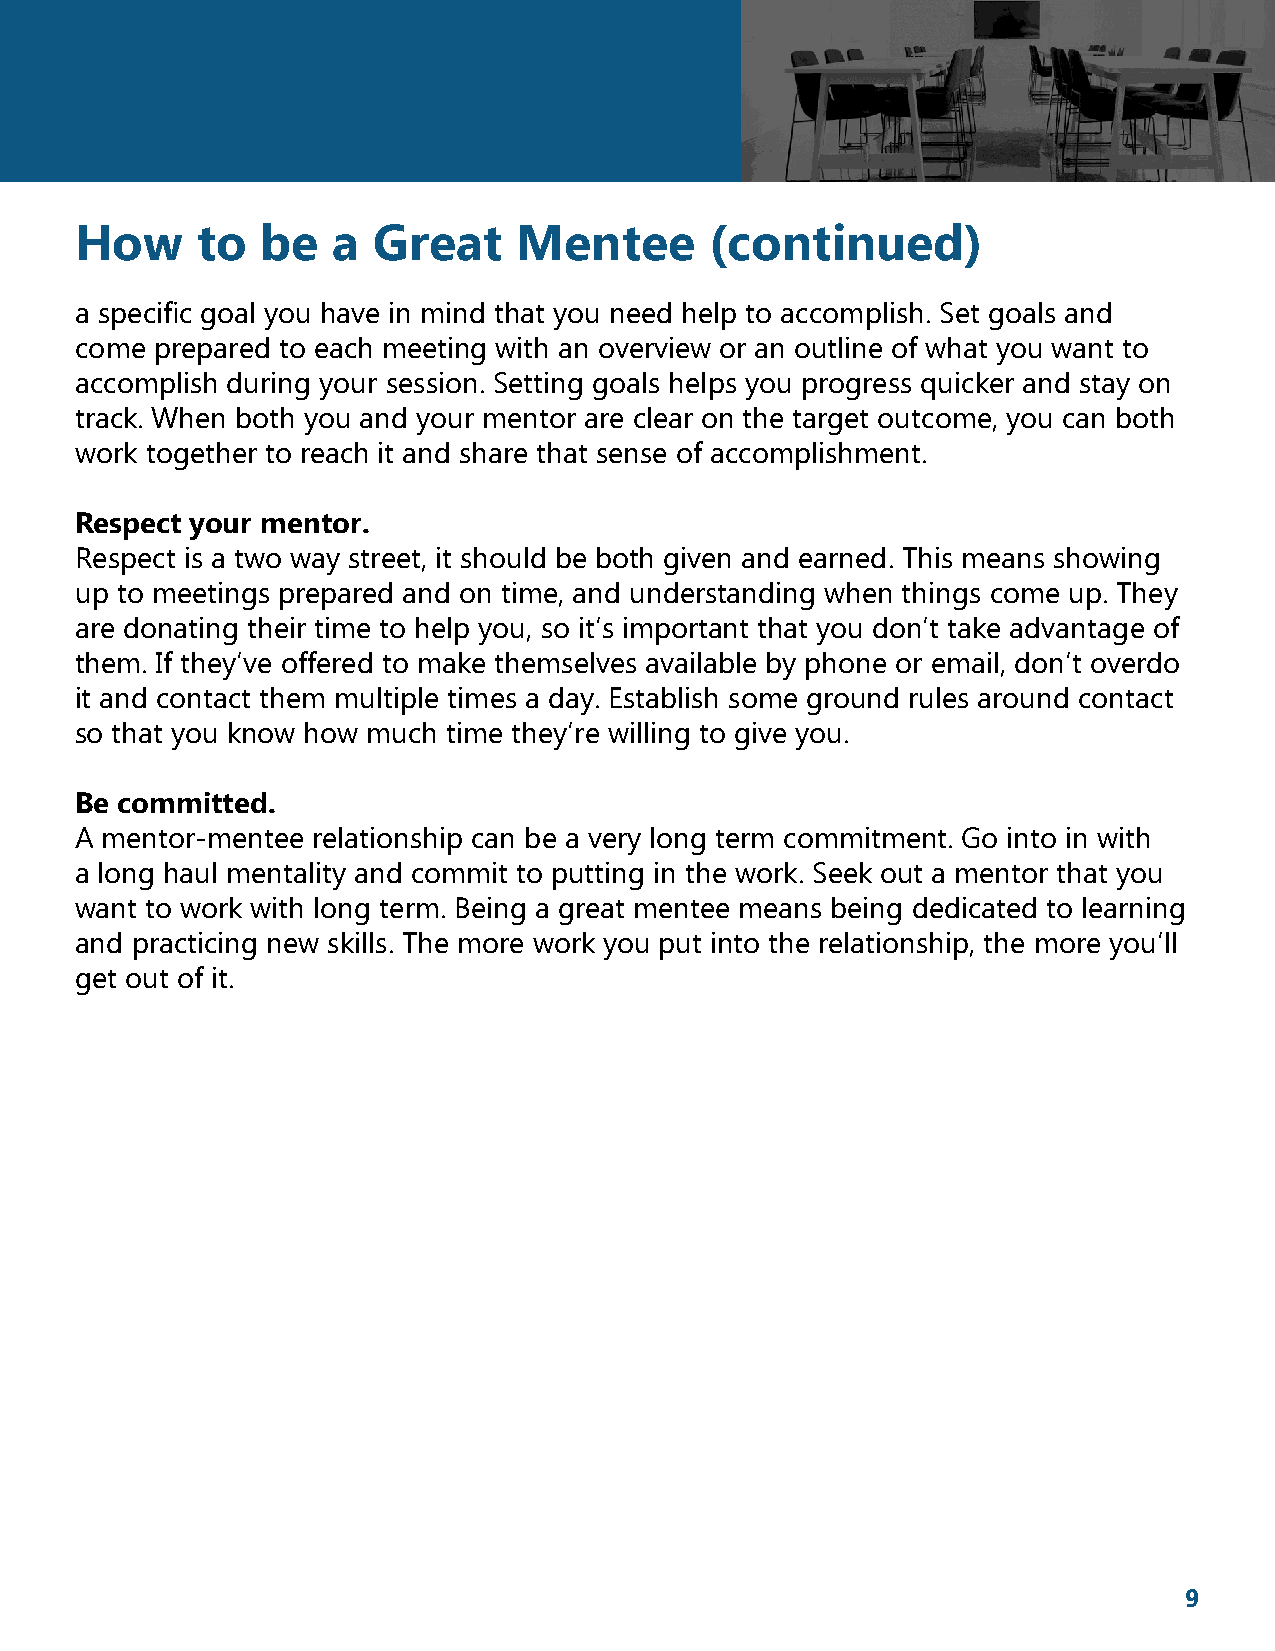
How     to  be   a  Great    Mentee       (continued)
 a specific goal you have in mind that you need help to accomplish. Set goals and
 come prepared to each meeting with an overview or an outline of what you want to
 accomplish during your session. Setting goals helps you progress quicker and stay on
 track. When both you and your mentor are clear on the target outcome, you can both
 work together to reach it and share that sense of accomplishment.
 Respect your mentor.
 Respect is a two way street, it should be both given and earned. This means showing
 up to meetings prepared and on time, and understanding when things come up. They
 are donating their time to help you, so it’s important that you don’t take advantage of
 them. If they’ve offered to make themselves available by phone or email, don’t overdo
 it and contact them multiple times a day. Establish some ground rules around contact
 so that you know how much time they’re willing to give you.
 Be committed.
 A mentor-mentee relationship can be a very long term commitment. Go into in with
 a long haul mentality and commit to putting in the work. Seek out a mentor that you
 want to work with long term. Being a great mentee means being dedicated to learning
 and practicing new skills. The more work you put into the relationship, the more you’ll
 get out of it.
 9